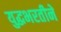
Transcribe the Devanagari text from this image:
युद्धभरतीने